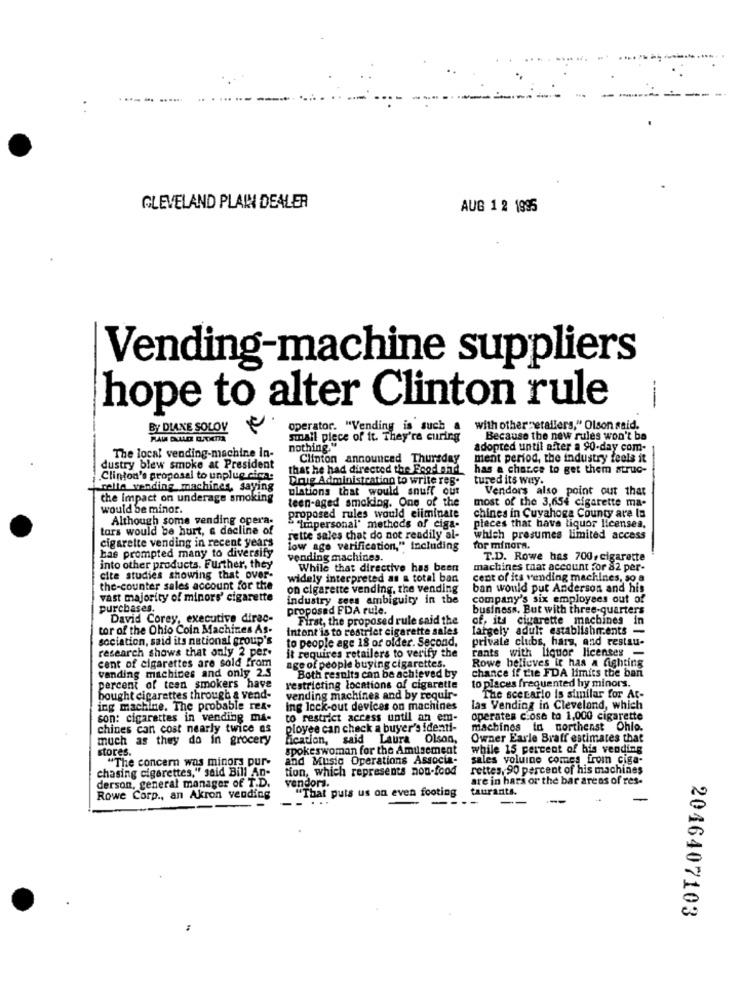
CLEVELAND PLAIN DEALER
AUG 1 2 1995
Vending-machine suppliers
hope to alter Clinton rule
----
BY DIANE SOLOV
operator. "Vending is such a
with other retailers," Olson said.
small piece of it. They're curing
Because the new rules won't ba
The local vending-machine in-
nothing.'
adopted until after a 90-day com-
Clinton announced Thursday
ment period, the industry feels it
dustry blew smoke at President
that he had directed the Food and, has a chance to get them struc-
Clinton's proposal to unplug cima:
Doig Administration to write res.
tured its way.
rella vending machines, saying
ulations that would snuff out
Vendors also point out that
the Impact on underage smoking
teen-aged smoking. One of the
would be minor.
proposed rules would eliminate
most of the 3,654 cigarette ma-
Although some vending opera-
chines in Cuyahoga County are la
tars would be hurt, a decline of
" ""Impersonal' methods of ciga-
pieces that have liquor licensea.
cigarette vending in recent years
rette sales chat do not readily al-
which presumes limited access
has prompted many to diversify
low age verification," Including
for minora.
vending machines.
T.D. Rowe has 700, cigarette
into other products. Further, they
While that directive has been
machines that account for 82 per-
cite studies showing that over-
widely interpreted as & total ban
cent of its vending machines, so.a
the-counter sales account for the
on cigarette vending, the vending
ban would put Anderson and his
vast majority of minors' cigarette
industry sees ambiguity in the
company's six employees out of
purchases.
proposed FDA rule.
business. But with three-quarters
David Corey, executive dirac-
First, the proposed rule said the
of, its cigarette machines in
tor of the Ohio Coin Machines As-
Intent is to restrict cigarette sales
largely adult establishments -
sociation, said its national group's
to people age 18 or older. Second,
private clubs, hars, and restau-
research shows that only 2 per.
it requires retailers to verify the
rants with liquor licenses -
cent of cigarettes are sold from
Rowe believes it has a fighting
vanding machines and only 2.5
age of people buying cigarettes.
chance if the FDA limits the ban
Both resulta can be achieved by
to places frequented hy minors.
percent of teen smokers have
restricting locations of cigarette
bought cigarettes through & vend-
vending machines and by requir-
The scenario is similar for At-
ing machine. The probable rex-
Ing lock-out devices on machines
las Vending in Cleveland, which
son: cigarettes in vending ma-
to restrict access until an em-
operates close to 1,000 cigarette
chines can cost nearly twice as
ployee can check a buyer's identi-
machines in northeast Ohio.
much as they do in grocery
fication, said Laura Olson,
Owner Earle Braff estimates that
stores.
spokeswoman for the Amusement
while 15 percent of his vending
"The concern was minors pur-
and Music Operations Associa-
sales voluine comes from ciga-
tion, which represents non-food
rettes,90 percent of his machines
derson, general manager of T.D.
chasing cigarettes," said Bill An-
are in hars or the bar areas of res-
vendors.
"That puts us on even footing
taurants.
Rowe Corp ., an Akron vending
2046407103